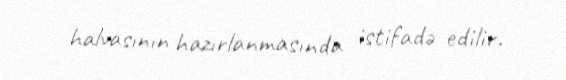
halvasının hazırlanmasında istifadə edilir.